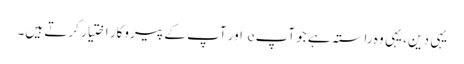
یہی دین ، یہی وہ راستہ ہے جو آپ e اور آپ کے پیروکار اختیار کرتے ہیں۔